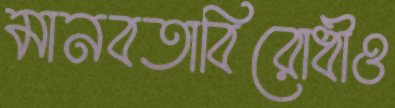
মানবতাবিরোধীও